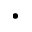
\cdot